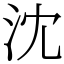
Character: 沈